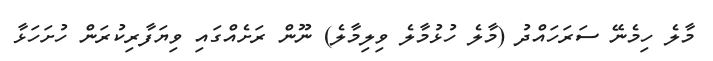
މާލެ ހިމެނޭ ސަރަހައްދު (މާލެ ހުޅުމާލެ ވިލިމާލެ) ނޫން ރަށެއްގައި ވިޔަފާރިކުރަން ހުށަހަޅާ